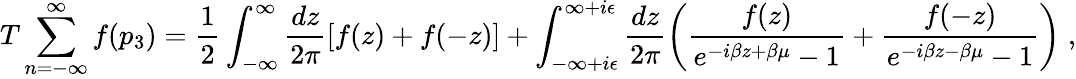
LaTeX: T\sum_{n=-\infty}^{\infty}f(p_{3})=\frac{1}{2}\int_{-\infty}^{\infty}\frac{dz}{2\pi}[f(z)+f(-z)]+\int_{-\infty+i\epsilon}^{\infty+i\epsilon}\frac{dz}{2\pi}\left(\frac{f(z)}{e^{-i\beta z+\beta\mu}-1}+\frac{f(-z)}{e^{-i\beta z-\beta\mu}-1}\right)\; ,